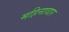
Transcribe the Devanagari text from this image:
महिनावार